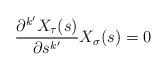
LaTeX: \begin{align*}\frac{\partial^{k'}X_{\tau}(s)}{\partial s^{k'}}X_{\sigma}(s)=0\end{align*}